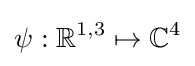
\psi :\mathbb {R} ^{1,3}\mapsto \mathbb {C} ^{4}